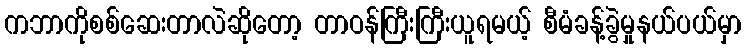
ကဘာကိုစစ်ဆေးတာလဲဆိုတော့ တာဝန်ကြီးကြီးယူရမယ့် စီမံခန့်ခွဲမှုနယ်ပယ်မှာ